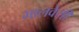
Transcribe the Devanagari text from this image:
मालवेसी